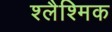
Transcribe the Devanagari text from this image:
श्लैश्मिक